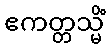
ဧကတ္တသ္မိံ